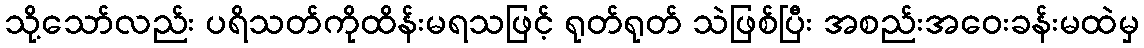
သို့သော်လည်း ပရိသတ်ကိုထိန်းမရသဖြင့် ရုတ်ရုတ် သဲဖြစ်ပြီး အစည်းအဝေးခန်းမထဲမှ